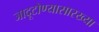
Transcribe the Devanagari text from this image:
जादूटोण्यासारख्या